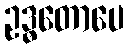
ဥဒ္ဓတောပေ